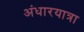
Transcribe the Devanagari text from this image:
अंधारयात्रा